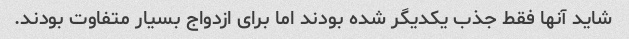
شاید آنها فقط جذب یکدیگر شده بودند اما برای ازدواج بسیار متفاوت بودند.